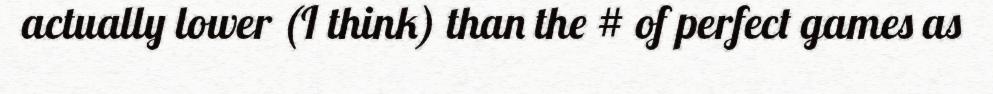
actually lower (I think) than the # of perfect games as